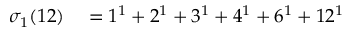
\begin{array} { r l } { \sigma _ { 1 } ( 1 2 ) } & { { } = 1 ^ { 1 } + 2 ^ { 1 } + 3 ^ { 1 } + 4 ^ { 1 } + 6 ^ { 1 } + 1 2 ^ { 1 } } \end{array}